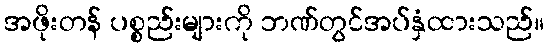
အဖိုးတန် ပစ္စည်းများကို ဘဏ်တွင်အပ်နှံထားသည်။